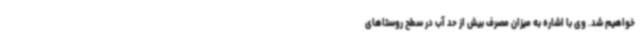
خواهیم شد. وی با اشاره به میزان مصرف بیش از حد آب در سطح روستاهای